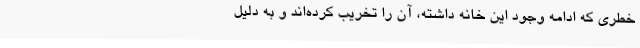
خطری که ادامه وجود این خانه داشته، آن را تخریب کرده‌اند و به دلیل